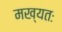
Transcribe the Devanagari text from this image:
मख्यतः